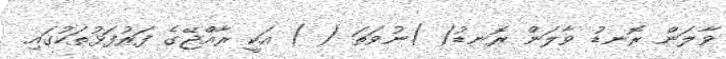
ވާލަން ރޮނޑު ވާލަން ރޮނޑު( )ނުވަތަ ( ) އަކީ ރާއްޖޭގެ ފަރުފަޅުތަކުގައި